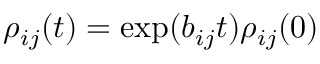
\rho _ { i j } ( t ) = \exp ( b _ { i j } t ) \rho _ { i j } ( 0 )